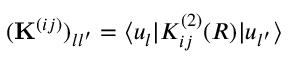
( \mathbf { K } ^ { ( i j ) } ) _ { l l ^ { \prime } } = \langle u _ { l } | K _ { i j } ^ { ( 2 ) } ( R ) | u _ { l ^ { \prime } } \rangle